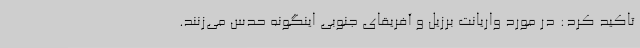
تاکید کرد: در مورد واریانت برزیل و آفریقای جنوبی اینگونه حدس می‌زنند.